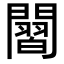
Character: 𮤡